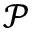
\mathcal { P }